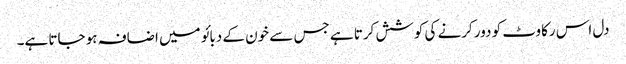
دل اس رکاوٹ کو دور کرنے کی کوشش کرتا ہے جس سے خون کے دبائو میں اضافہ ہو جاتا ہے۔